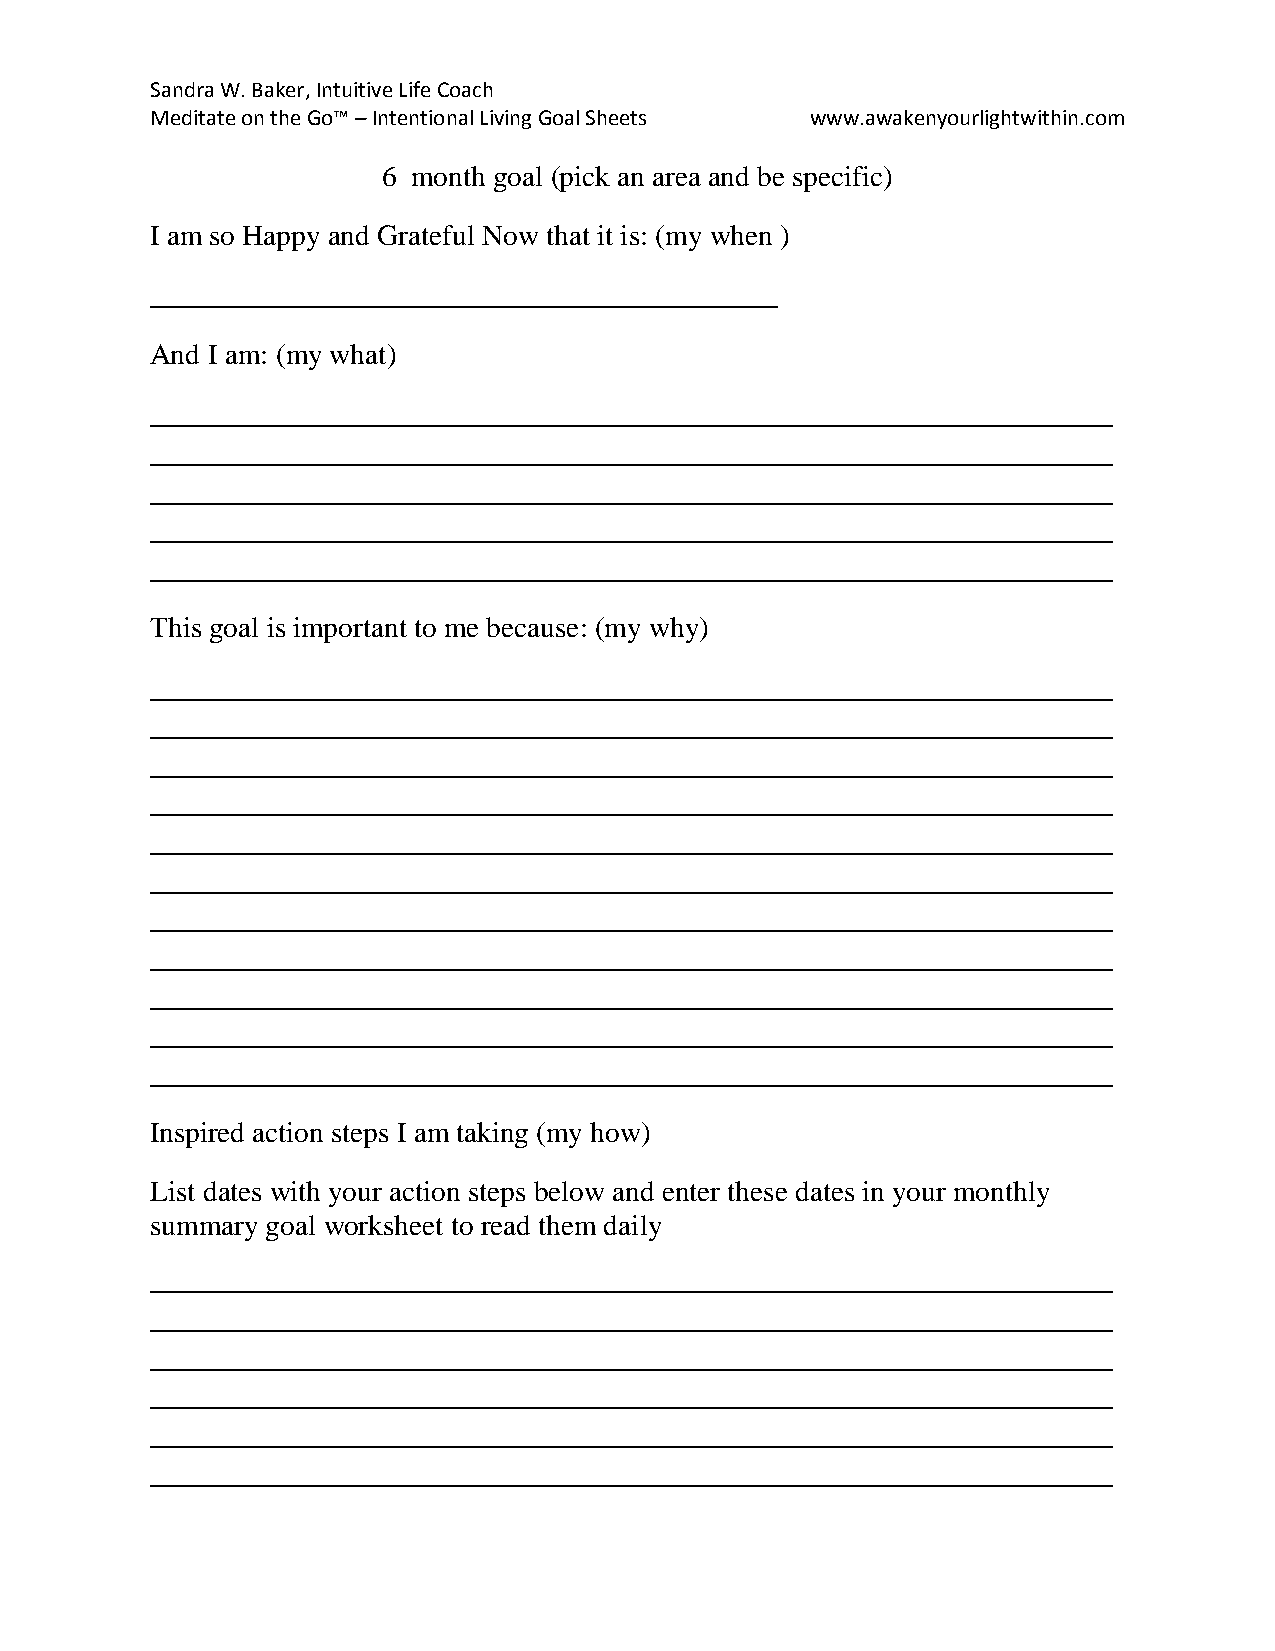
Sandra W. Baker, Intuitive Life Coach
 Meditate on the Go™ – Intentional Living Goal Sheets www.awakenyourlightwithin.com
 6 month goal (pick an area and be specific)
 I am so Happy and Grateful Now that it is: (my when )
 ___________________________________________
 And I am: (my what)
 __________________________________________________________________
 __________________________________________________________________
 __________________________________________________________________
 __________________________________________________________________
 __________________________________________________________________
 This goal is important to me because: (my why)
 __________________________________________________________________
 __________________________________________________________________
 __________________________________________________________________
 __________________________________________________________________
 __________________________________________________________________
 __________________________________________________________________
 __________________________________________________________________
 __________________________________________________________________
 __________________________________________________________________
 __________________________________________________________________
 __________________________________________________________________
 Inspired action steps I am taking (my how)
 List dates with your action steps below and enter these dates in your monthly
 summary goal worksheet to read them daily
 __________________________________________________________________
 __________________________________________________________________
 __________________________________________________________________
 __________________________________________________________________
 __________________________________________________________________
 __________________________________________________________________